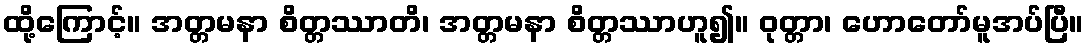
ထို့ကြောင့်။ အတ္တမနာ စိတ္တဿာတိ၊ အတ္တမနာ စိတ္တဿာဟူ၍။ ဝုတ္တာ၊ ဟောတော်မူအပ်ပြီ။